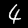
Digit: 4